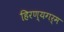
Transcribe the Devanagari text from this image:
हिरण्यगर्म